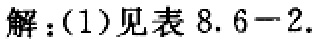
解：(1)见表 8.6−2.